Indian journal of veterinary science and animal husbandry - Volumes 28-29, 1958-1959
Year: 1958
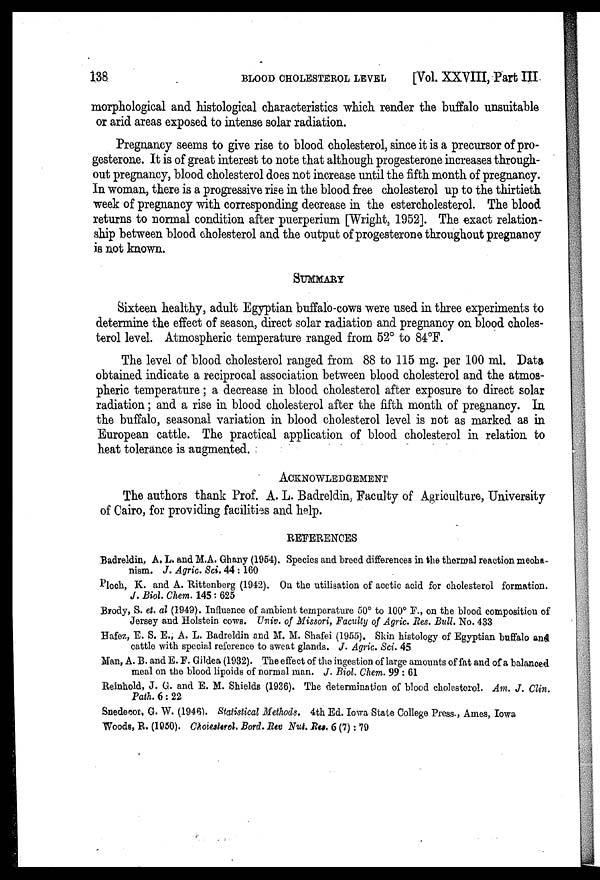
138
BLOOD
CHOLESTEROL
LEVEL
[Vol. XXVIII, Part III
morphological and histological characteristics which render the buffalo unsuitable
or arid areas exposed to intense solar radiation.
Pregnancy seems to give rise to blood cholesterol, since it is a precursor of pro-
gesterone. It is of great interest to note that although progesterone increases through-
out pregnancy, blood cholesterol does not increase until the fifth month of pregnancy.
In woman, there is a progressive rise in the blood free cholesterol up to the thirtieth
week of pregnancy with corresponding decrease in the estercholesterol. The blood
returns to normal condition after puerperium [Wright, 1952]. The exact relation-
ship between blood cholesterol and the output of progesterone throughout pregnancy
is not known.
SUMMARY
Sixteen healthy, adult Egyptian buffalo-cows were used in three experiments to
determine the effect of season, direct solar radiation and pregnancy on blood choles-
terol level. Atmospheric temperature ranged from 52° to 84°F.
The level of blood cholesterol ranged from 88 to 115 mg. per 100 ml. Data
obtained indicate a reciprocal association between blood cholesterol and the atmos-
pheric temperature; a decrease in blood cholesterol after exposure to direct solar
radiation; and a rise in blood cholesterol after the fifth month of pregnancy. In
the buffalo, seasonal variation in blood cholesterol level is not as marked as in
European cattle. The practical application of blood cholesterol in relation to
heat tolerance is augmented.
ACKNOLWLEDGEMENT
The authors thank Prof. A. L. Badreldin, Faculty of Agriculture, University
of Cairo, for providing facilities and help.
REFERENCES
Badreldin, A. L. and M.A. Ghany (1954). Species and breed differences in the thermal reaction mecha-
nism. J. Agric. Sci. 44 : 160
Ploch, K. and A. Rittenberg (1942). On the utilisation of acetic acid for cholesterol formation.
J. Biol. Chem. 145 : 625
Brody, S. et. al (1949). Influence of ambient temperature 50° to 100° F., on the blood composition of
Jersey and Holstein cows. Univ. of Missori, Faculty of Agric. Res. Bull. No. 433
Hafez, E. S. E., A. L. Badreldin and M. M. Shafei (1955). Skin histology of Egyptian buffalo and
cattle with special reference to sweat glands. J. Agric. Sci. 45
Man, A. B. and E. F. Gildea (1932). The effect of the ingestion of large amounts of fat and of a balanced
meal on the blood lipoids of normal man. J. Biol. Chem. 99 : 61
Reinhold, J. G. and E. M. Shields (1936). The determination of blood cholesterol. Am. J. Clin.
Path. 6 : 22
Snedecor, G. W. (1946). Statistical Methods. 4th Ed. Iowa State College Press., Ames, Iowa
Woods, R. (1950). Cholesterol. Bord. Rev Nut. Res. 6 (7): 79